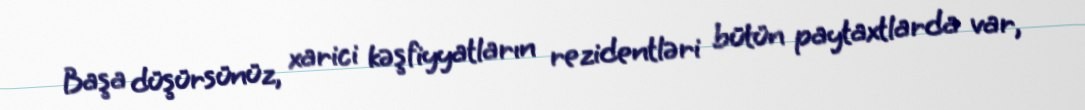
Başa düşürsünüz, xarici kəşfiyyatların rezidentləri bütün paytaxtlarda var,